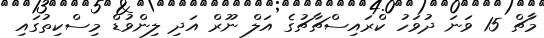
މާޗް 15 ވަނަ ދުވަހު ކްރައިސްޗާޗުގެ އަލް ނޫރް އަދި ލިންވުޑް މިސްކިތުގައި